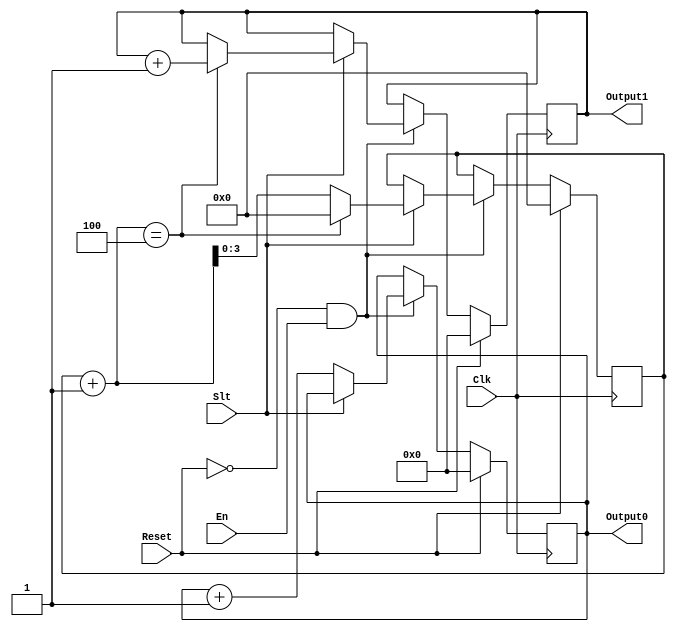
`timescale 1ns / 1ps
//////////////////////////////////////////////////////////////////////////////////
// Company: 
// Engineer: 
// 
// Design Name: 
// Module Name:    code 
// Project Name: 
// Target Devices: 
// Tool versions: 
// Description: 
//
// Dependencies: 
//
// Revision: 
// Revision 0.01 - File Created
// Additional Comments: 
//
//////////////////////////////////////////////////////////////////////////////////
`define zero 64'b0
module code(
    input Clk,
    input Reset,
    input Slt,
    input En,
    output [63:0] Output0,
    output [63:0] Output1
    );
	 reg [3:0] clk1 = 4'b0;
	 reg [63:0] count0;
	 reg [63:0] count1;
	 
	 initial
	 begin
	 count0 <= `zero;
	 count1 <= `zero;
	 end
	 
	 always@(posedge Clk)
	 begin
	    if (Reset)
	    begin
	       count0 <= `zero;
		    count1 <= `zero;
		    clk1 <= 4'b0;
	    end
	    else if (!Reset && En)
	    begin
	       if (Slt == 1)
	       begin
			    //clk1 <= clk1 + 1;
			    if ( (clk1 + 1)== 4'b0100)
			    begin
			    count1 <= count1 +1;
			    clk1 <= 4'b0;
             end
             else 
			    begin
				 clk1 <= clk1 + 1;
             count1 <= count1;
             end			 
			 end
			 else if (Slt == 0)
			 begin
			 count0 <= count0 + 1;
			 end
		 end
	 end
	 assign Output0 = count0,Output1 = count1;
		    

endmodule